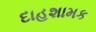
દાહશામક